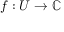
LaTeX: f : U \rightarrow \mathbb { C }